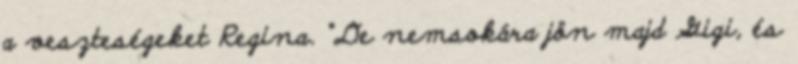
a veszteségeket Regina. “De nemsokára jön majd Gigi, és